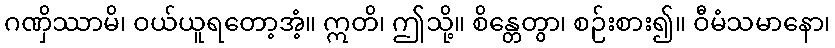
ဂဏှိဿာမိ၊ ဝယ်ယူရတော့အံ့။ ဣတိ၊ ဤသို့။ စိန္တေတွာ၊ စဉ်းစား၍။ ဝီမံသမာနော၊